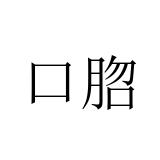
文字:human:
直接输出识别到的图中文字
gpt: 口脗